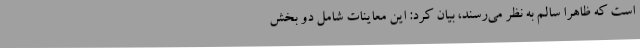
است که ظاهرا سالم به نظر می‌رسند، بیان کرد: این معاینات شامل دو بخش